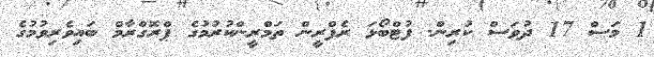
1 މަސް 17 ދުވަސް ކުރިން. ފުޓްބޯޅަ ރެފްރީން ތަމްރީންކުރުމުގެ ޕްރޮގްރާމް ބައިވެރިވުމުގެ